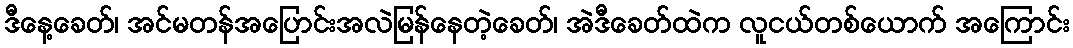
ဒီနေ့ခေတ်၊ အင်မတန်အပြောင်းအလဲမြန်နေတဲ့ခေတ်၊ အဲဒီခေတ်ထဲက လူငယ်တစ်ယောက် အကြောင်း